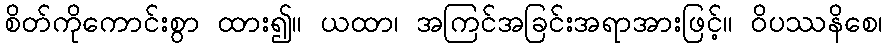
စိတ်ကိုကောင်းစွာ ထား၍။ ယထာ၊ အကြင်အခြင်းအရာအားဖြင့်။ ဝိပဿနိစေ၊